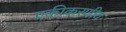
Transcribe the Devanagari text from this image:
एकीकरणीय